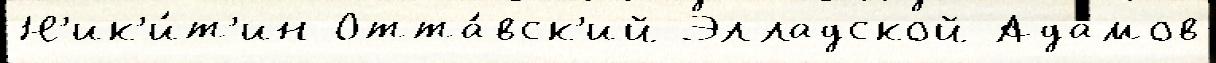
Н'ик'и́т'ин Отта́вск'ий Элладской Ада́мов